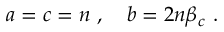
a = c = n ~ , \quad b = 2 n \beta _ { c } ~ .